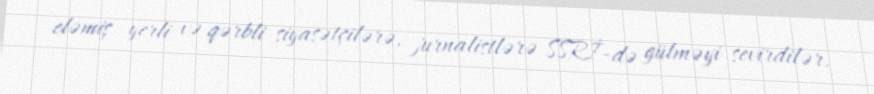
eləmiş yerli və qərbli siyasətçilərə, jurnalistlərə SSRİ-də gülməyi sevirdilər.